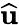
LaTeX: \widehat{\textbf{u}}